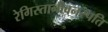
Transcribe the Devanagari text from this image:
रेगिस्तानीवनस्‍पति